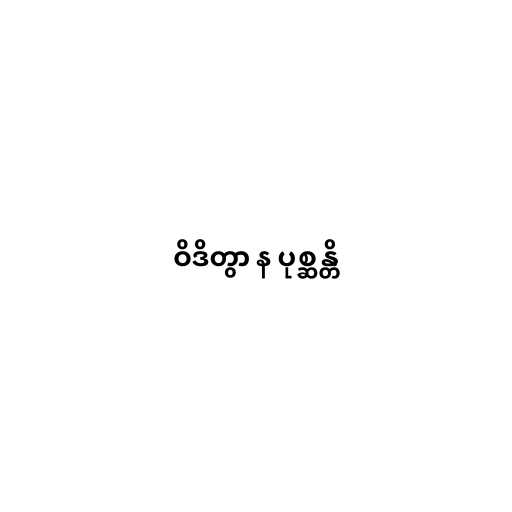
ဝိဒိတွာ န ပုစ္ဆန္တိ